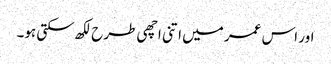
اور اس عمر میں اتنی اچھی طرح لکھ سکتی ہو۔